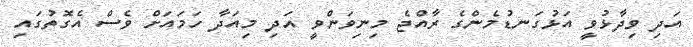
އަދި ވިދާޅުވީ އަޅުގަނޑުމެންގެ ރާއްޖެ މިނިވަންވީ އަދި މިއަދާ ހަމައަށް ވެސް އެގޮތުގައި